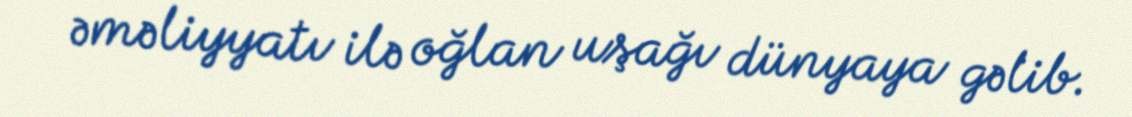
əməliyyatı ilə oğlan uşağı dünyaya gəlib.